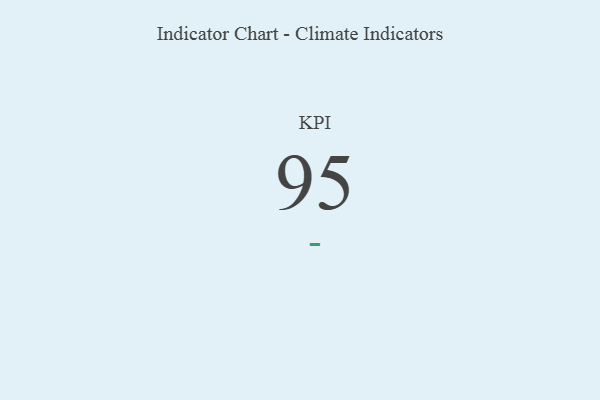
{"axis": {"x": "KPI", "y": "Value"}, "legend": [""], "data": [{"x": "KPI", "y": 95, "type": ""}]}